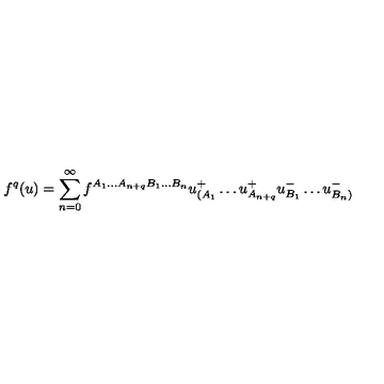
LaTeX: f ^ { q } ( u ) = \sum _ { n = 0 } ^ { \infty } f ^ { A _ { 1 } \ldots A _ { n + q } B _ { 1 } \ldots B _ { n } } u _ { ( A _ { 1 } } ^ { + } \ldots u _ { A _ { n + q } } ^ { + } u _ { B _ { 1 } } ^ { - } \ldots u _ { B _ { n } ) } ^ { - }